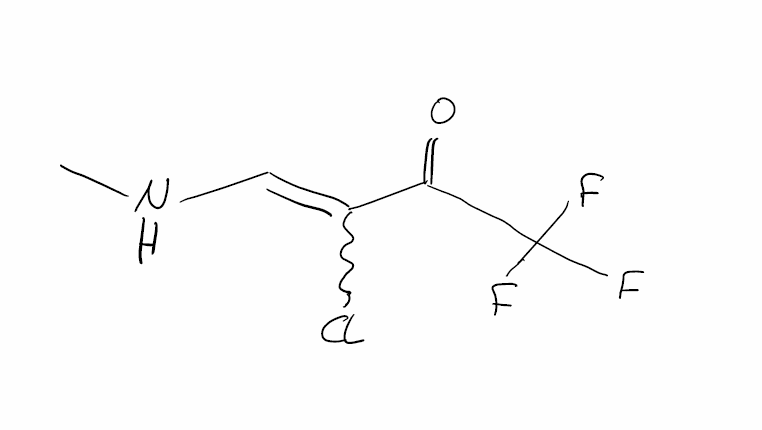
Simplified molecular-input line-entry system (SMILES) notation of the given molecule:
CNC=C(C(=O)C(F)(F)F)Cl